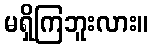
မရှိကြဘူးလား။